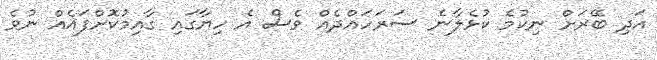
އަދި ބޭރަށް ނިކުމެ ކުޅެލާނެ ސަރަހައްދެއް ވެސް އެ ހިޔާގައި ގާއިމުކޮށްފައެއް ނުވެ